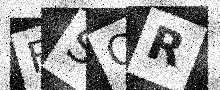
Text: FSQR